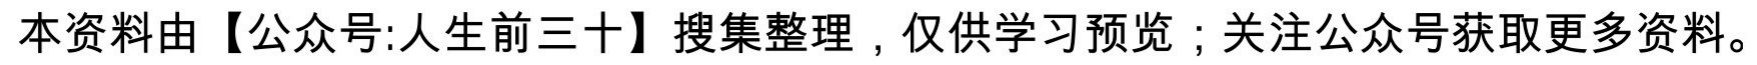
本资料由【公众号:人生前三十】搜集整理，仅供学习预览；关注公众号获取更多资料。